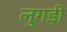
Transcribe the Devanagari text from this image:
लुगड़ी